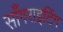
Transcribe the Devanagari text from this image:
साँगराइटिंग